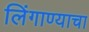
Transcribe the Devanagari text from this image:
लिंगाण्याचा